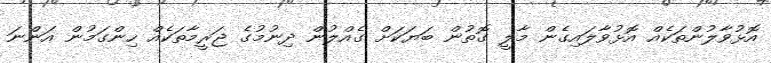
އޮޅުވާލުންތަކެއް އޮޅުވާލައިގެން މާލީ ގޮތުން ބަޔަކަށް ގެއްލުން ދިނުމުގެ ޖަރީމާތަކެއް ހިންގަމުން އަންނަ